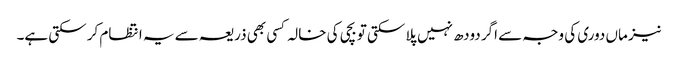
نیز ماں دوری کی وجہ سے اگر دودھ نہیں پلا سکتی تو بچی کی خالہ کسی بھی ذریعہ سے یہ انتظام کر سکتی ہے۔